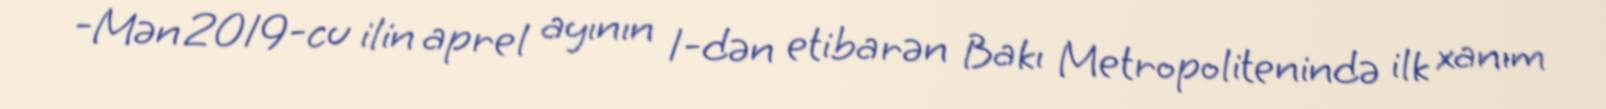
-Mən 2019-cu ilin aprel ayının 1-dən etibarən Bakı Metropolitenində ilk xanım